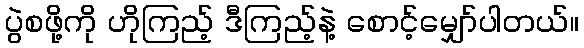
ပွဲစဖို့ကို ဟိုကြည့် ဒီကြည့်နဲ့ စောင့်မျှော်ပါတယ်။